EKP_Kingissepa_Rajoonikomitee, lk 3
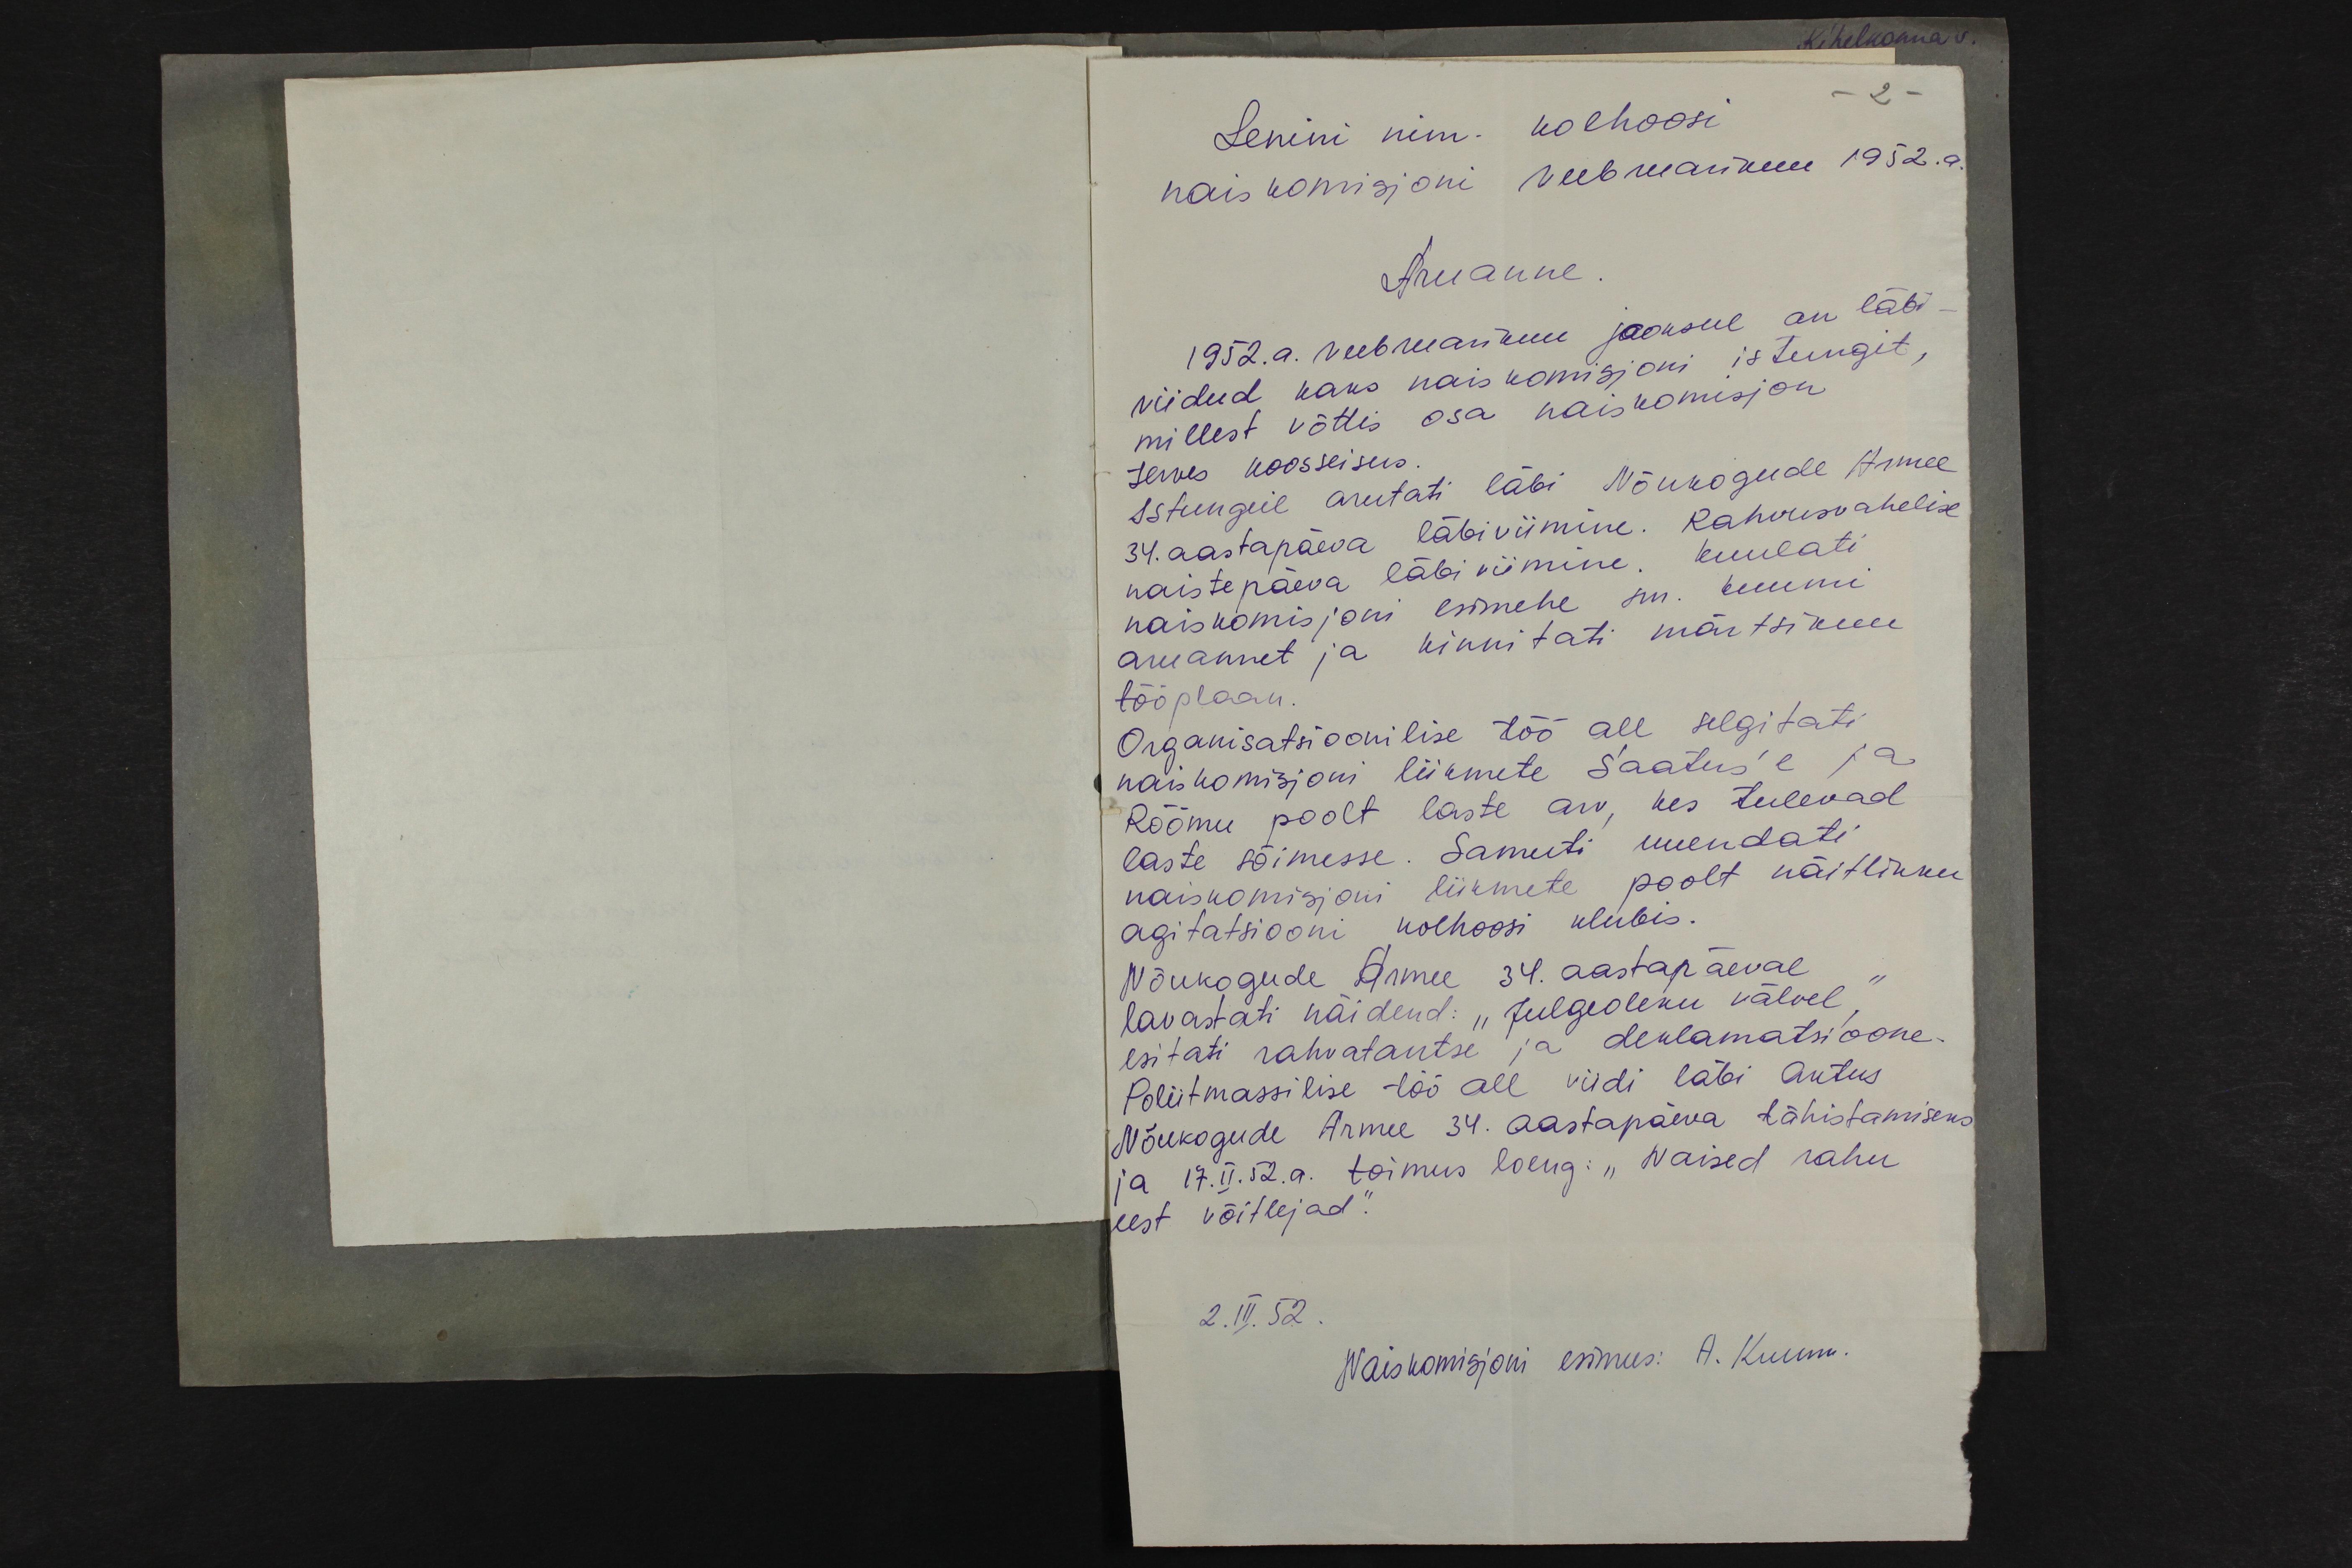
- 2 -
Lenini nim. kolhoosi
naiskomisjoni veebruarikuu 1952.a.
Aruanne
1952.a. veebruarikuu jooksul on läbi.
viidud kaks naiskomisjoni istungit,
millest võttis osa naiskomisjon
terves koosseiseis.
Istungil arutati läbi Nõukogude Armee
34. aastapäeva läbiviimine. Rahvusvahelise
naistepäeva läbi viimine. Kuulati
naiskomisjoni esimehe sm. Kuumi
aruannet ja kinnitati märtsikuu
tööplaan.
Organisatsioonilise töö all selgitati
naiskomisjoni liikmete Saatus'e ja
Rõõmu poolt laste arv, kes tulevad
laste sõimesse. Samuti uuendati
naiskomisioni liikmete poolt näitlikku
agitatsiooni kolhoosi klubis.
Nõukogude Armee 34. aastapäeval
lavastati näidend: "Julgeoleku valvel"
esitati rahvatantse ja deklamatsioone.
Poliitmassilise töö all viidi läbi aktus
Nõukogude Armee 34. aastapäeva tähistamiseks
ja 17. II. 52.a. toimus loeng: "Naised rahu
eest võitlejad".
2.II.52.
Naiskomisjoni esimees: A. Kuum